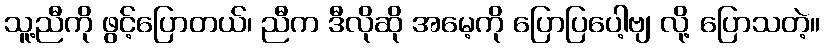
သူ့ညီကို ဖွင့်ပြောတယ်၊ ညီက ဒီလိုဆို အမေ့ကို ပြောပြပေါ့ဗျ လို့ ပြောသတဲ့။